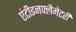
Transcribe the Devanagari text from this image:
एंटीइनफ्लैमेटरी